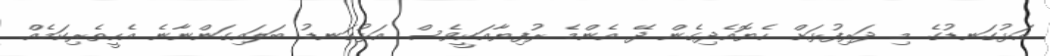
އަޅުގަނޑުގެ މި ދަރިފުޅަށް ހެޔޮއެދިގެން ދޭ އެންމެ ރުފިޔާއަކީވެސް އަޅުގަނޑު ބަލައިގަންނާނެ އެހީތެރިކަމެއް.